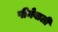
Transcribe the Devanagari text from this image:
पीनेवाली